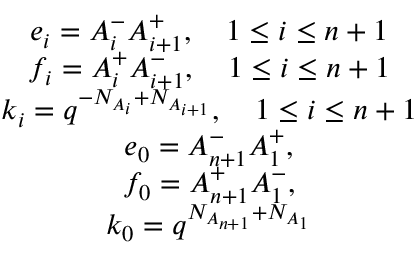
\begin{array} { c } { { e _ { i } = A _ { i } ^ { - } A _ { i + 1 } ^ { + } , ~ ~ ~ 1 \le i \le n + 1 } } \\ { { f _ { i } = A _ { i } ^ { + } A _ { i + 1 } ^ { - } , ~ ~ ~ 1 \le i \le n + 1 } } \\ { { k _ { i } = q ^ { - N _ { A _ { i } } + N _ { A _ { i + 1 } } } , ~ ~ ~ 1 \le i \le n + 1 } } \\ { { e _ { 0 } = A _ { n + 1 } ^ { - } A _ { 1 } ^ { + } , } } \\ { { f _ { 0 } = A _ { n + 1 } ^ { + } A _ { 1 } ^ { - } , } } \\ { { k _ { 0 } = q ^ { N _ { A _ { n + 1 } } + N _ { A _ { 1 } } } } } \end{array}